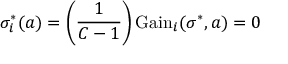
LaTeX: \sigma _ { i } ^ { * } ( a ) = \left( { \frac { 1 } { C - 1 } } \right) { \mathrm { G a i n } } _ { i } ( \sigma ^ { * } , a ) = 0